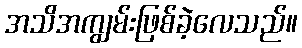
အသိအကျွမ်းဖြစ်ခဲ့လေသည်။